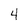
Character: 4